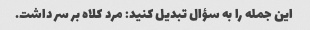
این جمله را به سؤال تبدیل کنید: مرد کلاه بر سر داشت.